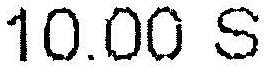
10.00 S